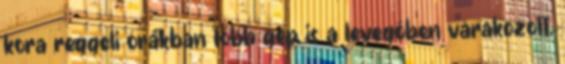
kora reggeli órákban több gép is a levegőben várakozott,